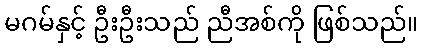
မဂမ်နှင့် ဦးဦးသည် ညီအစ်ကို ဖြစ်သည်။